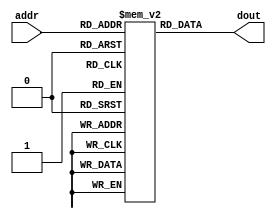
module im(
    input  [9:0]  addr,
    output [31:0] dout
);
    reg  [31:0] ROM[1024:0];
    assign dout = ROM[addr]; // word aligned
endmodule